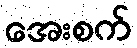
အေးစက်